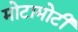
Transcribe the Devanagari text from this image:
मोटामोटी